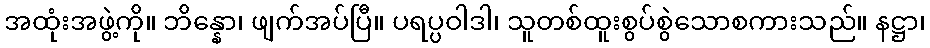
အထုံးအဖွဲ့ကို။ ဘိန္နော၊ ဖျက်အပ်ပြီ။ ပရပ္ပဝါဒါ၊ သူတစ်ထူးစွပ်စွဲသောစကားသည်။ နဋ္ဌာ၊